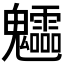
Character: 𩵁